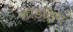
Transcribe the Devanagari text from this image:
मॉडलिंग